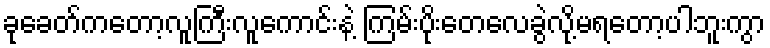
ခုခေတ်ကတော့လူကြီးလူကောင်းနဲ့ ကြမ်းပိုးတေလေခွဲလို့မရတော့ပါဘူးကွာ